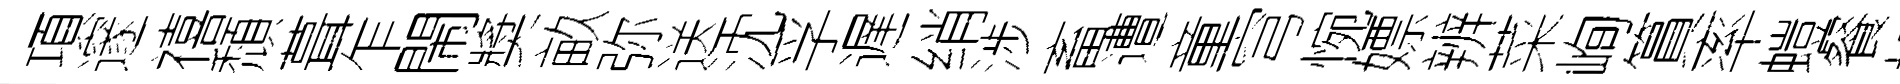
項邃禧頹葺乍閙奬畝弥送沈孚遅绡涉畜遭童穹惋嫖辨菜峋篔率螘餐旭